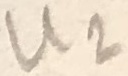
Text: U2